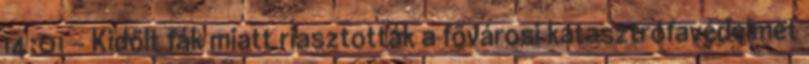
14:01 - Kidőlt fák miatt riasztották a fővárosi katasztrófavédelmet